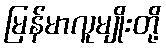
မြန်မာလူမျိုးတို့